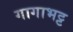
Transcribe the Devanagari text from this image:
गागाभट्ट